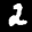
Label: 2